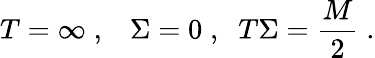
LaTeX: T=\infty\; ,\; \; \; \Sigma=0\; ,\; \; T\Sigma=\frac{M}{2}\; .